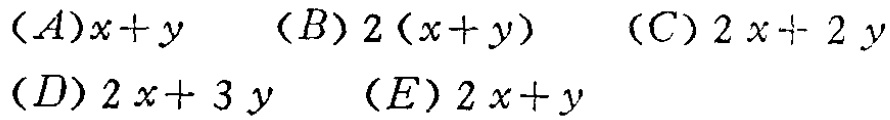
$(A)x + y\quad (B)2(x + y)\quad (C)2x + 2y\quad (D)2x + 3y\quad (E)2x + y$